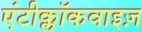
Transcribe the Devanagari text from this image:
एंटीक्लॉकवाइज़